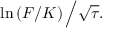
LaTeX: \ln \left( F / K \right) { \Big / } { \sqrt { \tau } } .